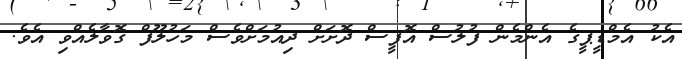
އެކު އެމްޑީޕީގެ އެންމެން ފުލުސް އޮފީސް ދޮށަށް ދިއުމަށްވެސް މަހުލޫފް ގޮވާލެއްވި އެވެ.